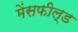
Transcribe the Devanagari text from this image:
मेंसफील्ड